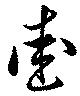
愛